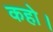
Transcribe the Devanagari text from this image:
कहो।